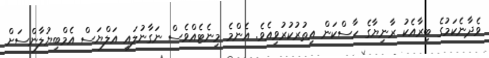
ވެދާނެކަމުގެ ބިރާއެކު ރާނިޔާގެ ހާސްކަން އިތުރުކުރުވިއެވެ. އެންމެ މިނެޓެއްވެސް ނަގާނުލައި އަލްޔަސް އެމްބިޔުލާންސަށް